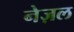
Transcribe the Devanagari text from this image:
नेज़ल